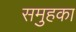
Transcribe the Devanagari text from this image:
समुहका